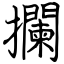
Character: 攔